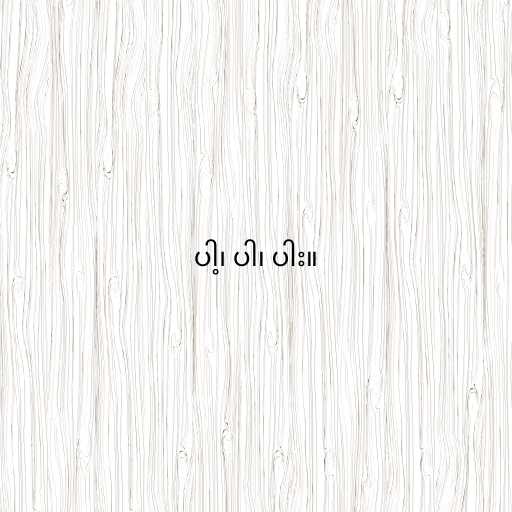
ပါ့၊ ပါ၊ ပါး။